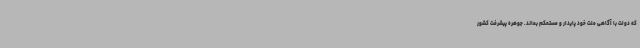
که دولت با آگاهی ملت خود پایدار و مستحکم بماند. جوهره پیشرفت کشور